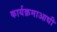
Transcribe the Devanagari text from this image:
कार्यक्रमाआधी